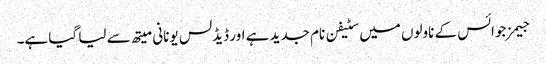
جیمز جوائس کے ناولوں میں سٹیفن نام جدید ہے اور ڈیڈلس یونانی میتھ سے لیا گیا ہے۔